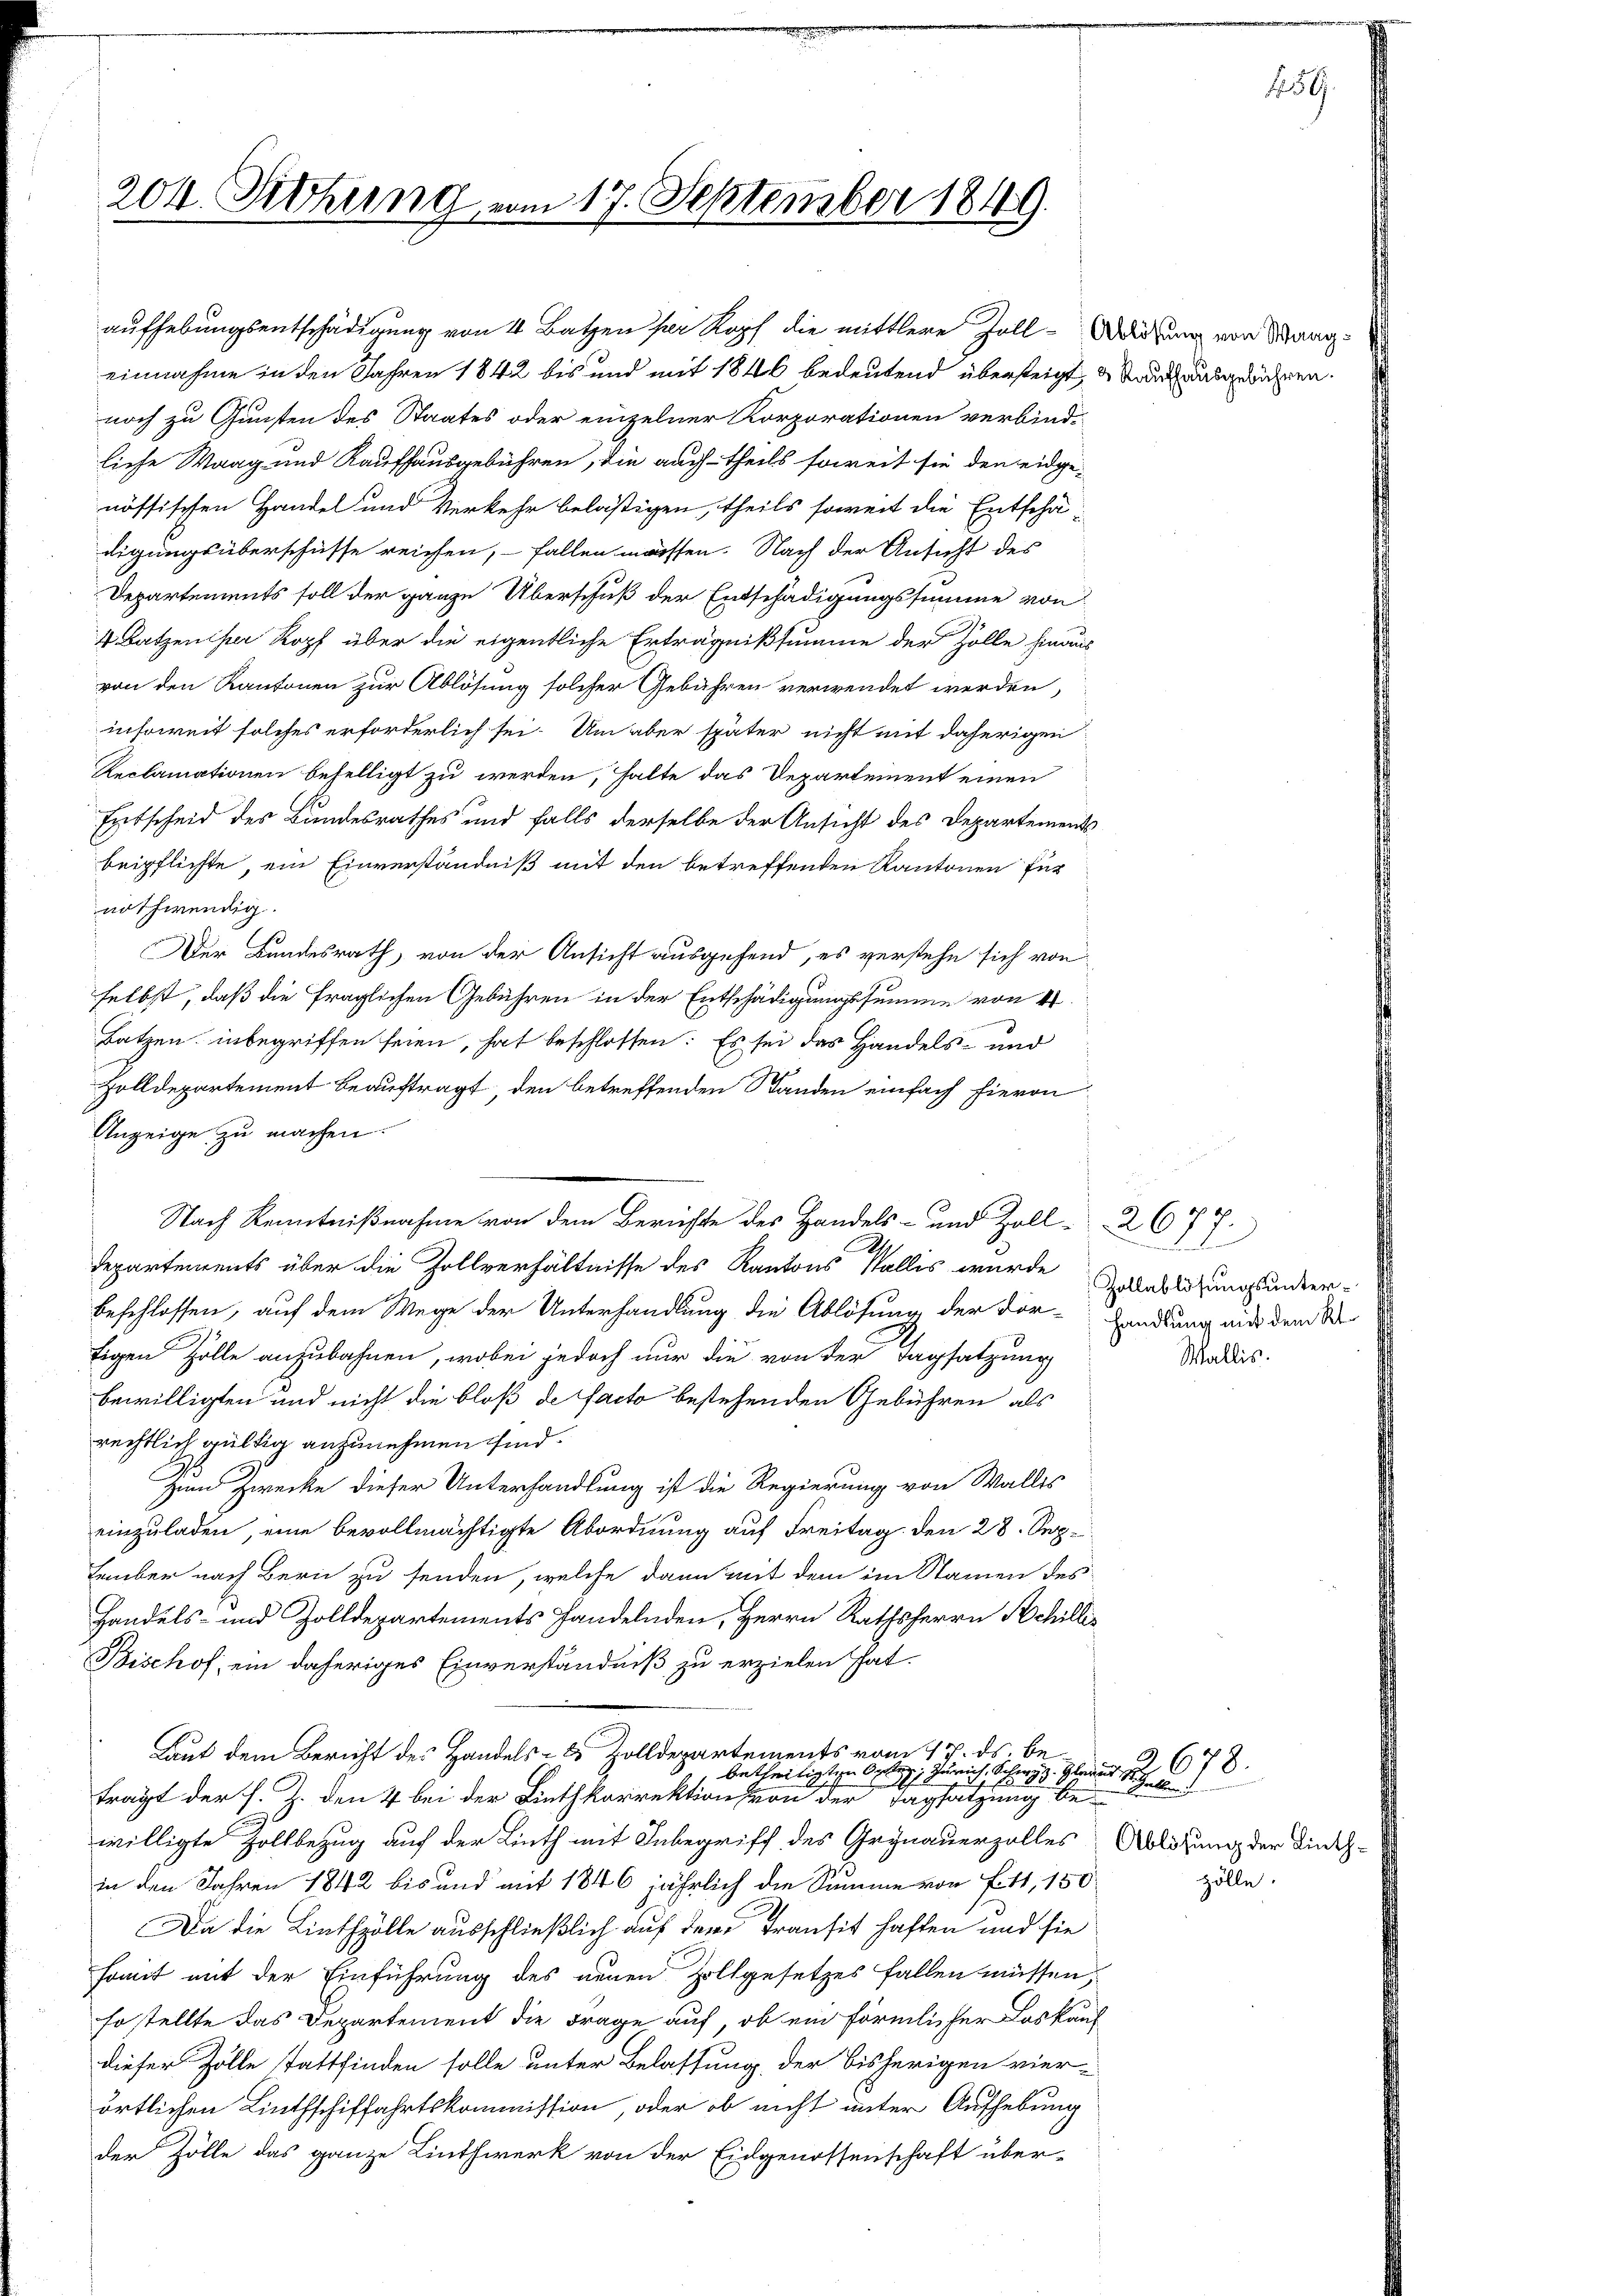
204. Sitzung vom 17. September 1849

einnahme in den Jahren 1842 bis und mit 1846 bedeutend übersteigt, u. auch ausgewähren.
noch zu Gunsten des Staates oder einzelner Korporationen verbind-
liche Waag und Kaufhausgebühren, die auch theils soweit sie den eidge-
nössischen Handel und Verkehr belästigen, theils soweit die Entschä-
digungsüberschüsse reichen, fallen massen. Nach der Ansicht des
Departements soll der ganze Überschuß der Entschädigungssumme von
4 Batzen per Kopf über die eigentliche Erträgnißsumme der Zolle hinaus
von den Kantonen zur Ablösung solcher Gebühren verwendet werden,
insoweit solches erforderlich sei. Um aber später nicht mit daherigen
Reclamationen befelligt zu werden, halte das Departement einen
Entscheid des Bundesrathes und falls derselbe der Ansicht des Departements
beipflichte, ein Einverständniß mit den betreffenden Kantonen für
nothwendig.
Der Bundesrath, von der Ansicht ausgehend, es verstehe sich von
selbst, daß die fraglichen Gebühren in der Entschädigungssumme von 4
Batzen inbegriffen seien, hat beschlossen: Es sei das Handels- und
Zolldepartement beauftragt, den betreffenden Standen einfach hievon
Anzeige zu machen.
.
departements über die Zollverhältnisse des Kantons Stallis wurde Vasallösungsunder-
beschlossen, auf dem Wege der Unterhandlung die Ablösung der For-Handlung mit dem St
tigen Zölle anzubahnen, wobei jedoch nur die von der Tagsatzung
bewilligten und nicht die bloß de facto bestehenden Gebühren als
rechtlich gültig anzunehmen sind.
Zum Zwecke dieser Unterhandlung ist die Regierung von Walles
einzuladen, eine bevollmächtigte Abordnung auf Freitag den 28. September nach Bern zu senden, welche dann mit dem im Namen des
Handels- und Zolldepartements Handelnden, Herrn Rathsherrn Schilli¬
Bischof, ein daheriges Einverständniß zu erzielen hat.
Laut dem Bericht des Handels- & Zolldepartements vom 17. ds. be¬
 ....
trägt der s. Z. den 4 bei der Linthkorrektion von der Tagsatzung be-
willigte Zollbezug auf der Linth mit Inbegriff des Grynauerzalles Ablösung der Dingin den Jahren 1842 bis und mit 1846 jährlich die Summe von E. 41, 150
Da die Linthzölle ausschließlich auf dem Transit haften und sie
somit mit der Einführung des neuen Zollgesetzes fallen müssen,
so stellte das Departement die Frage auf, ob ein förmlicher Loskauf
dieser Zolle stattfinden solle unter Belassung, der bisherigen vier-
örtlichen Linthschiffahrtskommission, oder ob nicht unter Aufhebung
der Zölle das ganze Linthwerk von der Eidgenossenschaft über-

aufhebungsentschädigung von 4 Batzen per Kopf die mittlere Zoll-Wiehung von Mang

Nach Kenntnißnahme von dem Berichte des Handels- und Zoll-26

217
Wallis.

3,678.

zölle.

459.